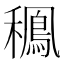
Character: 䆇